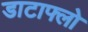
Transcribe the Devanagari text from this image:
डाटाफ्लो